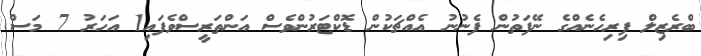
ބްރެޒިލް ފިރިހެނެއްގެ ނޭފަތުން ފެނުނު އެއްޗަކުން ޑޮކްޓަރުންވެސް އަންތަރީސްވެފައި1 އަހަރު 7 މަސް